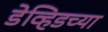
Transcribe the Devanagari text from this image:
डेव्हिडच्या